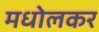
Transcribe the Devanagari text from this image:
मधोलकर